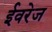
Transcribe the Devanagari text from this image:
ईवरेज